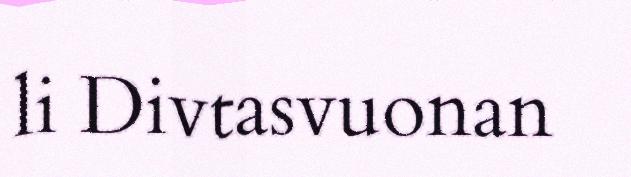
li Divtasvuonan